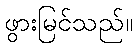
ဖွားမြင်သည်။